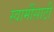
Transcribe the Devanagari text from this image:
स्वामींसाठी